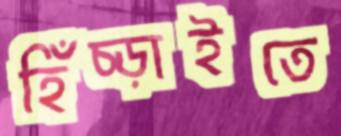
হিঁচ্‌ড়াইতে